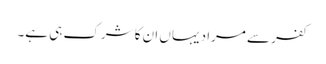
کفر سے مراد یہاں ان کا شرک ہی ہے۔